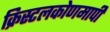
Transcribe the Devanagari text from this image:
क्रिस्टलकोणमापी